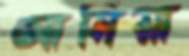
আসিয়া